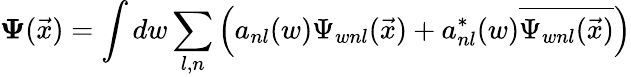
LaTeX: \mathbf{\Psi}(\vec{x})=\int dw\sum_{l,n}\left(a_{nl}(w)\Psi_{wnl}(\vec{x})+a_{nl}^{\ast}(w)\overline{{{\Psi_{wnl}(\vec{x})}}}\right)